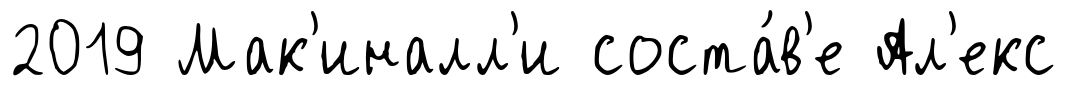
2019 Мак'иналл'и соста́в'е Ал'екс